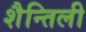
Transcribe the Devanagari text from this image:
शैन्तिली